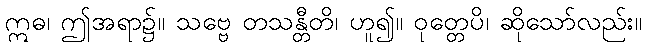
ဣဓ၊ ဤအရာ၌။ သဗ္ဗေ တသန္တီတိ၊ ဟူ၍။ ဝုတ္တေပိ၊ ဆိုသော်လည်း။